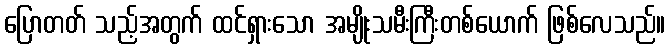
ပြောတတ် သည့်အတွက် ထင်ရှားသော အမျိုးသမီးကြီးတစ်ယောက် ဖြစ်လေသည်။